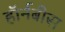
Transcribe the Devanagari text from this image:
हॉर्नबीस